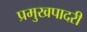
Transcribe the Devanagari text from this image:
प्रमुखपादरी